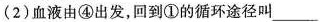
(2)血液由④出发，回到①的循环途径叫___